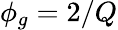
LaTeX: \phi_{g}=2/Q